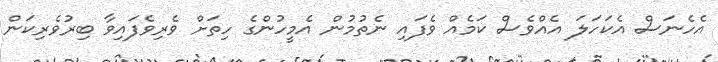
އެހެނަސް އެކަހަލަ އެއްވެސް ކަމެއް ވެފައި ނެތުމުން އެމީހުންގެ ހިތަށް ވެރިވެފައިވާ ބިރުވެރިކަން